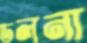
ডলনা